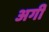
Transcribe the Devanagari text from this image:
अगीं